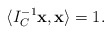
\begin{align*}\langle I^{-1}_C\textbf{x},\textbf{x}\rangle=1.\end{align*}